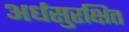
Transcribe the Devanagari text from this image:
अर्धसुरक्षित